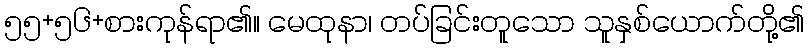
၅၅+၅၆+စားကုန်ရာ၏။ မေထုနာ၊ တပ်ခြင်းတူသော သူနှစ်ယောက်တို့၏